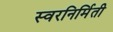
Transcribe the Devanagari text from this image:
स्वरनिर्मिती